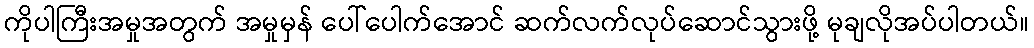
ကိုပါကြီးအမှုအတွက် အမှုမှန် ပေါ်ပေါက်အောင် ဆက်လက်လုပ်ဆောင်သွားဖို့ မုချလိုအပ်ပါတယ်။